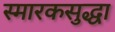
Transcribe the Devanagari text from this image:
स्मारकसुद्धा